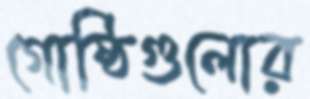
গোষ্ঠিগুলোর